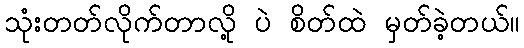
သုံးတတ်လိုက်တာလို့ ပဲ စိတ်ထဲ မှတ်ခဲ့တယ်။